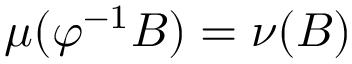
\mu ( \varphi ^ { - 1 } B ) = \nu ( B )